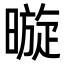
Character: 暶